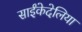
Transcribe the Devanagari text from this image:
साईंकेदेलिया